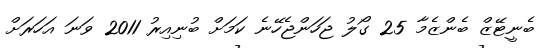
ބެނީޓޭޒް ބެންޒެމާ 25 ގޯލު ޖަހަންޖެހޭނެ ކަމަށް ބުނިއިރު 2011 ވަނަ އަހަރަށް